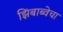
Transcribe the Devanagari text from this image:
झिंबाब्वेचा